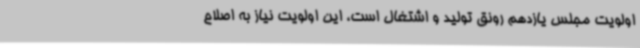
اولویت مجلس یازدهم رونق تولید و اشتغال است، این اولویت نیاز به اصلاح